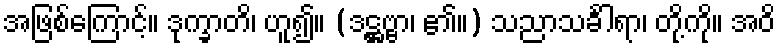
အဖြစ်ကြောင့်။ ဒုက္ခာတိ၊ ဟူ၍။ (ဒဋ္ဌဗ္ဗာ၊ ၏။) သညာသင်္ခါရာ၊ တို့ကို။ အဝိ